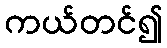
ကယ်တင်၍